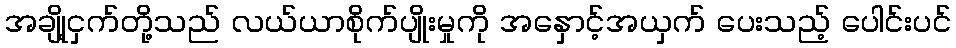
အချို့ငှက်တို့သည် လယ်ယာစိုက်ပျိုးမှုကို အနှောင့်အယှက် ပေးသည့် ပေါင်းပင်